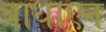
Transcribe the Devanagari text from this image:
बाधाएन